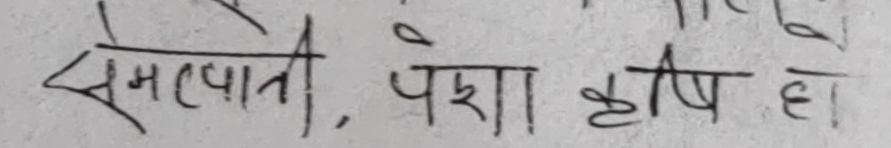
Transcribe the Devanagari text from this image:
संपाती, पक्षा क्षिप हो